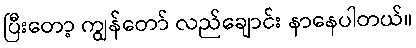
ပြီးတော့ ကျွန်တော် လည်ချောင်း နာနေပါတယ်။